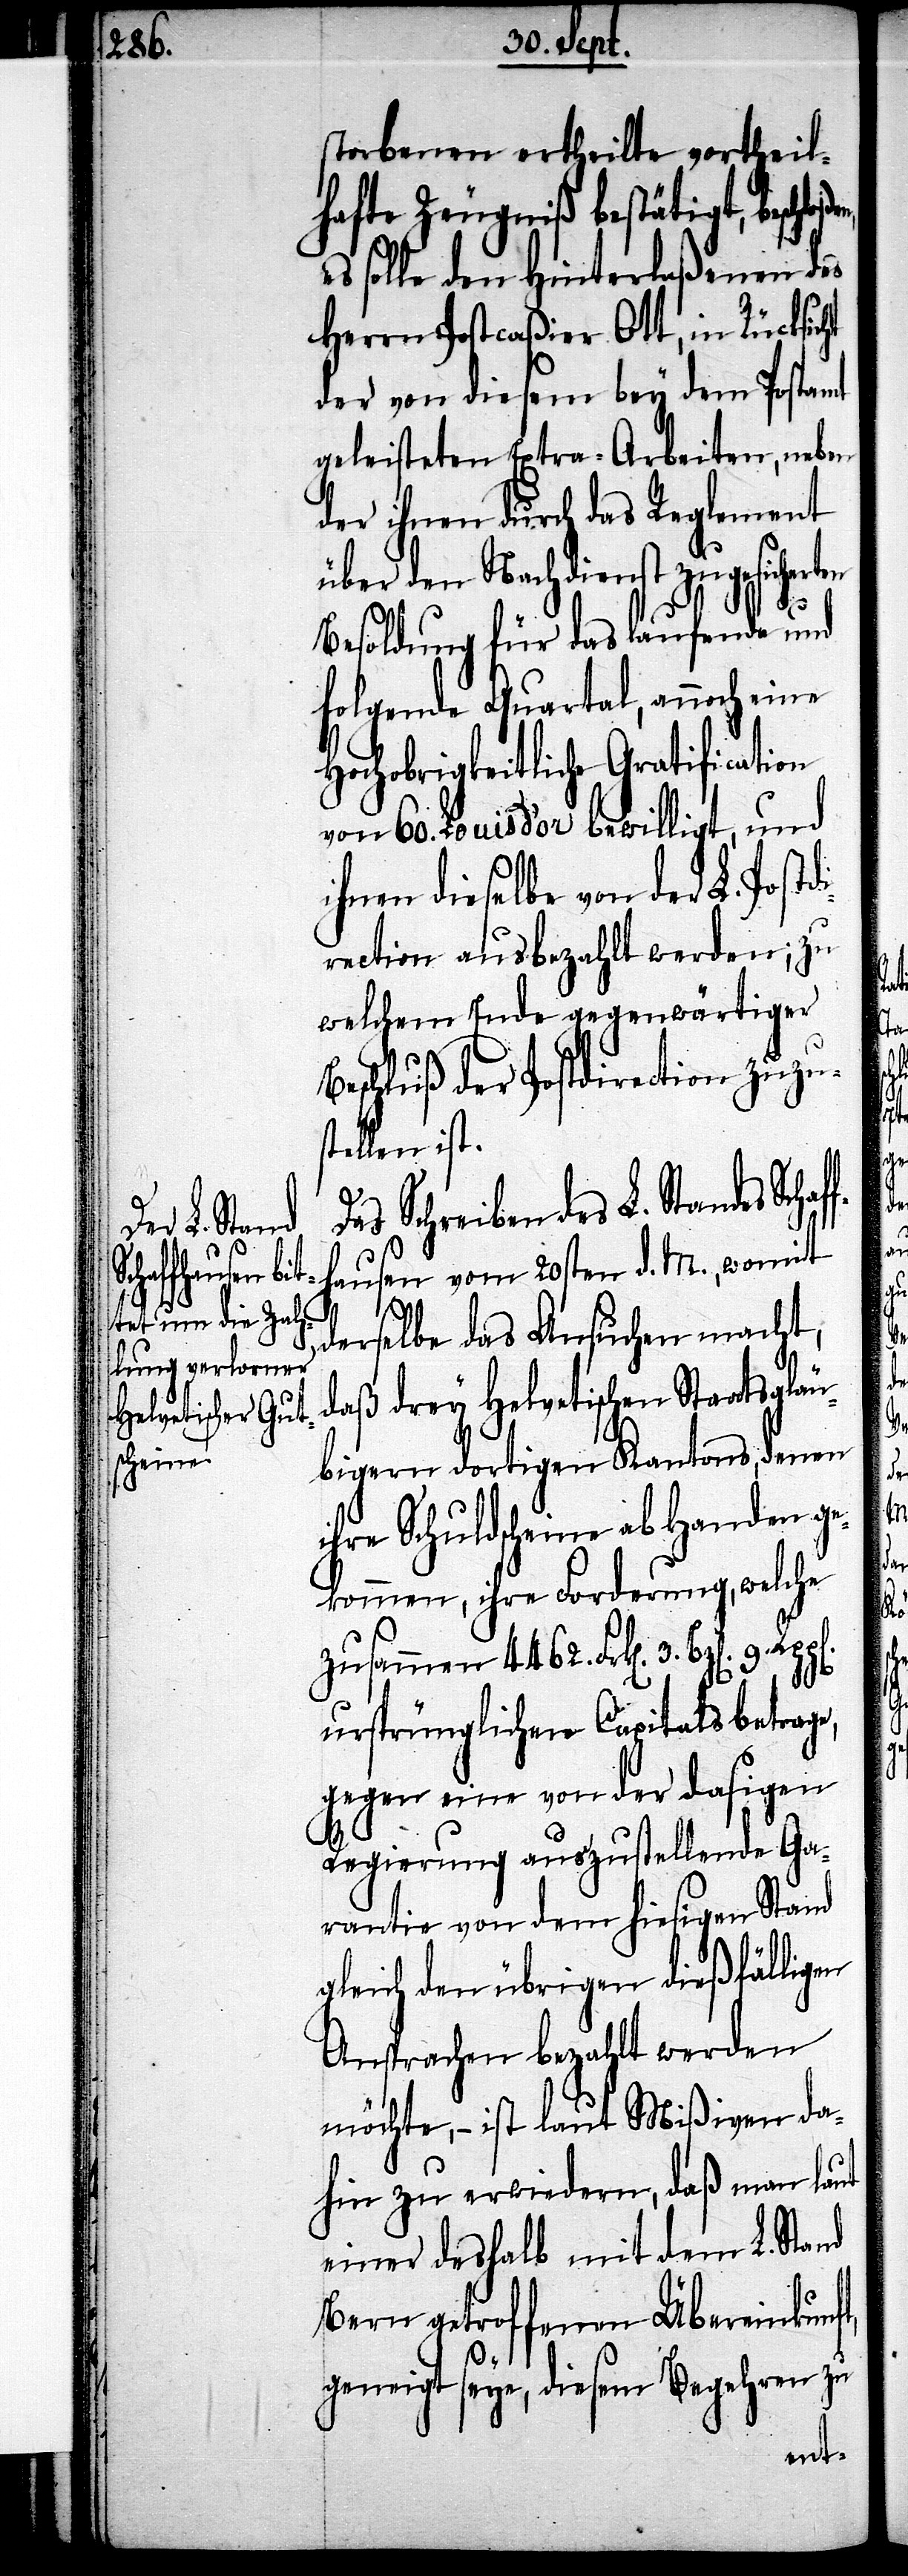
Schaf¬

storbenen ertheilte vortheil¬
hafte Zeugniß bestätigt, beschlo¬
es solle den Hinterlaßenen des
Herrn Postcaßier Ott, in Rücksicht
der von diesem bey dem Postamt
geleisteten Extra-Arbeiten, neben
der ihnen durch das Reglement
über den Nachdienst zugesicher¬
Besoldung für das laufende und
folgende Quartal, auch eine
Hochobrigkeitliche Gratification
von 60. Louis d‘ or bewilligt, und
ihnen dieselbe von der L. Postd¬
irection ausbezahlt werden; zu
welchem Ende gegenwärtiger
Beschluß der Postdirection zuzu¬
stellen ist.
Das Schreiben des L. Standes
fhausen vom 20sten d. M., womit
ten
derselbe das Ansuchen macht,
daß drey helvetischen Staatsgläu¬
bigern dortigen Kantons, denen
ihre Schuldscheine ab Handen ge¬
kommen, ihre Forderung, welche
zusammen 4462. Frk[en]. 3. Btz[e¬
n].
ursprünglichen Capitals betrage,
gegen eine von der dasigen
Regierung auszustellende Ga¬
rantie von dem hiesigen Stand
gleich den übrigen dießfälligen
Ansprachen bezahlt werden
möchte, – ist laut Mißiven da¬
hin zu erwiedern, daß man laut
einer deshalb mit dem L. Stand
Bern getroffenen Überkeinkunft,
geneigt seye, diesem Begehren zu
ßen,